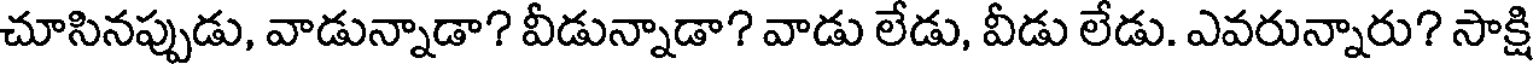
చూసినప్పుడు, వాడున్నాడా? వీడున్నాడా? వాడు లేడు, వీడు లేడు. ఎవరున్నారు? సాక్షి